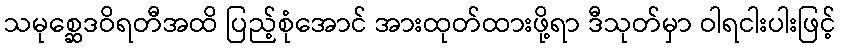
သမုစ္ဆေဒဝိရတီအထိ ပြည့်စုံအောင် အားထုတ်ထားဖို့ရာ ဒီသုတ်မှာ ဝါရငါးပါးဖြင့်